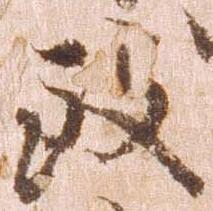
致